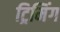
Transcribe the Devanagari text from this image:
ट्रिमिंग